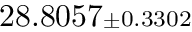
2 8 . 8 0 5 7 { \scriptstyle \pm 0 . 3 3 0 2 }